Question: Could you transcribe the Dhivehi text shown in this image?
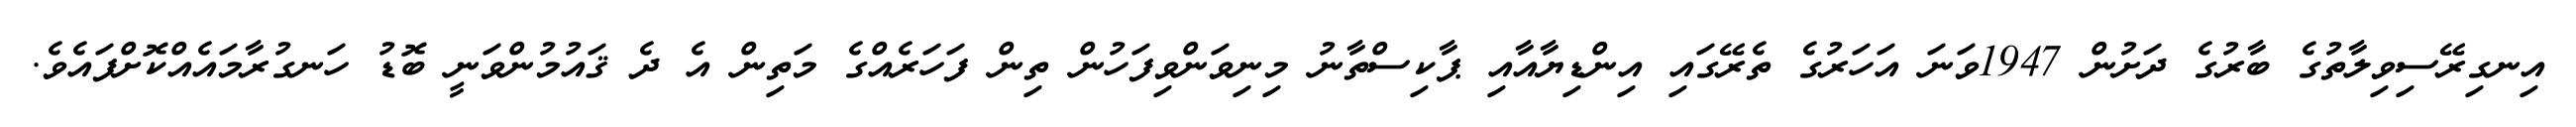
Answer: އިނގިރޭސިވިލާތުގެ ބާރުގެ ދަށުން 1947ވަނަ އަހަރުގެ ތެރޭގައި އިންޑިޔާއާއި ޕާކިސްތާނު މިނިވަންވިފަހުން ތިން ފަހަރެއްގެ މަތިން އެ ދެ ޤައުމުންވަނީ ބޮޑު ހަނގުރާމައެއްކޮށްފައެވެ.